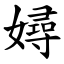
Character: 㜦